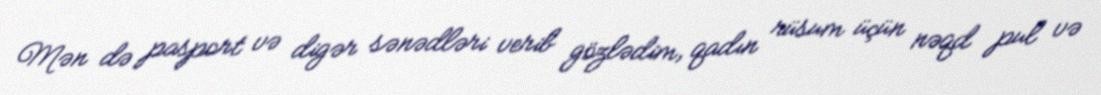
Mən də pasport və digər sənədləri verib gözlədim, qadın rüsum üçün nəqd pul və